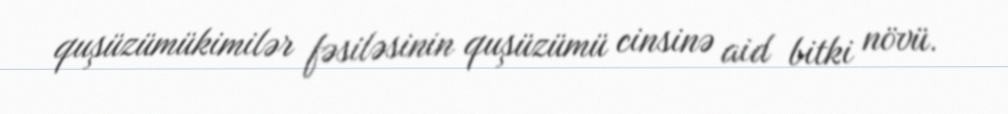
quşüzümükimilər fəsiləsinin quşüzümü cinsinə aid bitki növü.